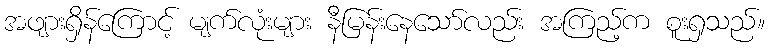
အဖျားရှိန်ကြောင့် မျက်လုံးများ နီမြန်းနေသော်လည်း အကြည့်က စူးရှသည်။